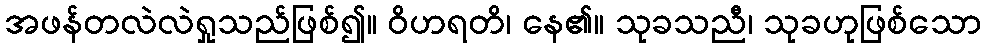
အဖန်တလဲလဲရှုသည်ဖြစ်၍။ ဝိဟရတိ၊ နေ၏။ သုခသညီ၊ သုခဟုဖြစ်သော